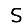
Digit: 5